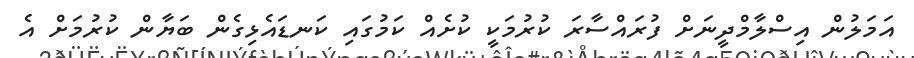
އަމަލުން އިސްލާމްދީނަށް ފުރައްސާރަ ކުރުމަކީ ކުށެއް ކަމުގައި ކަނޑައެޅިގެން ބަޔާން ކުރުމަށް އެ